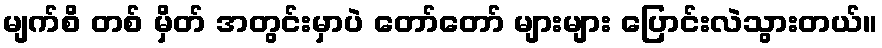
မျက်စိ တစ် မှိတ် အတွင်းမှာပဲ တော်တော် များများ ပြောင်းလဲသွားတယ်။